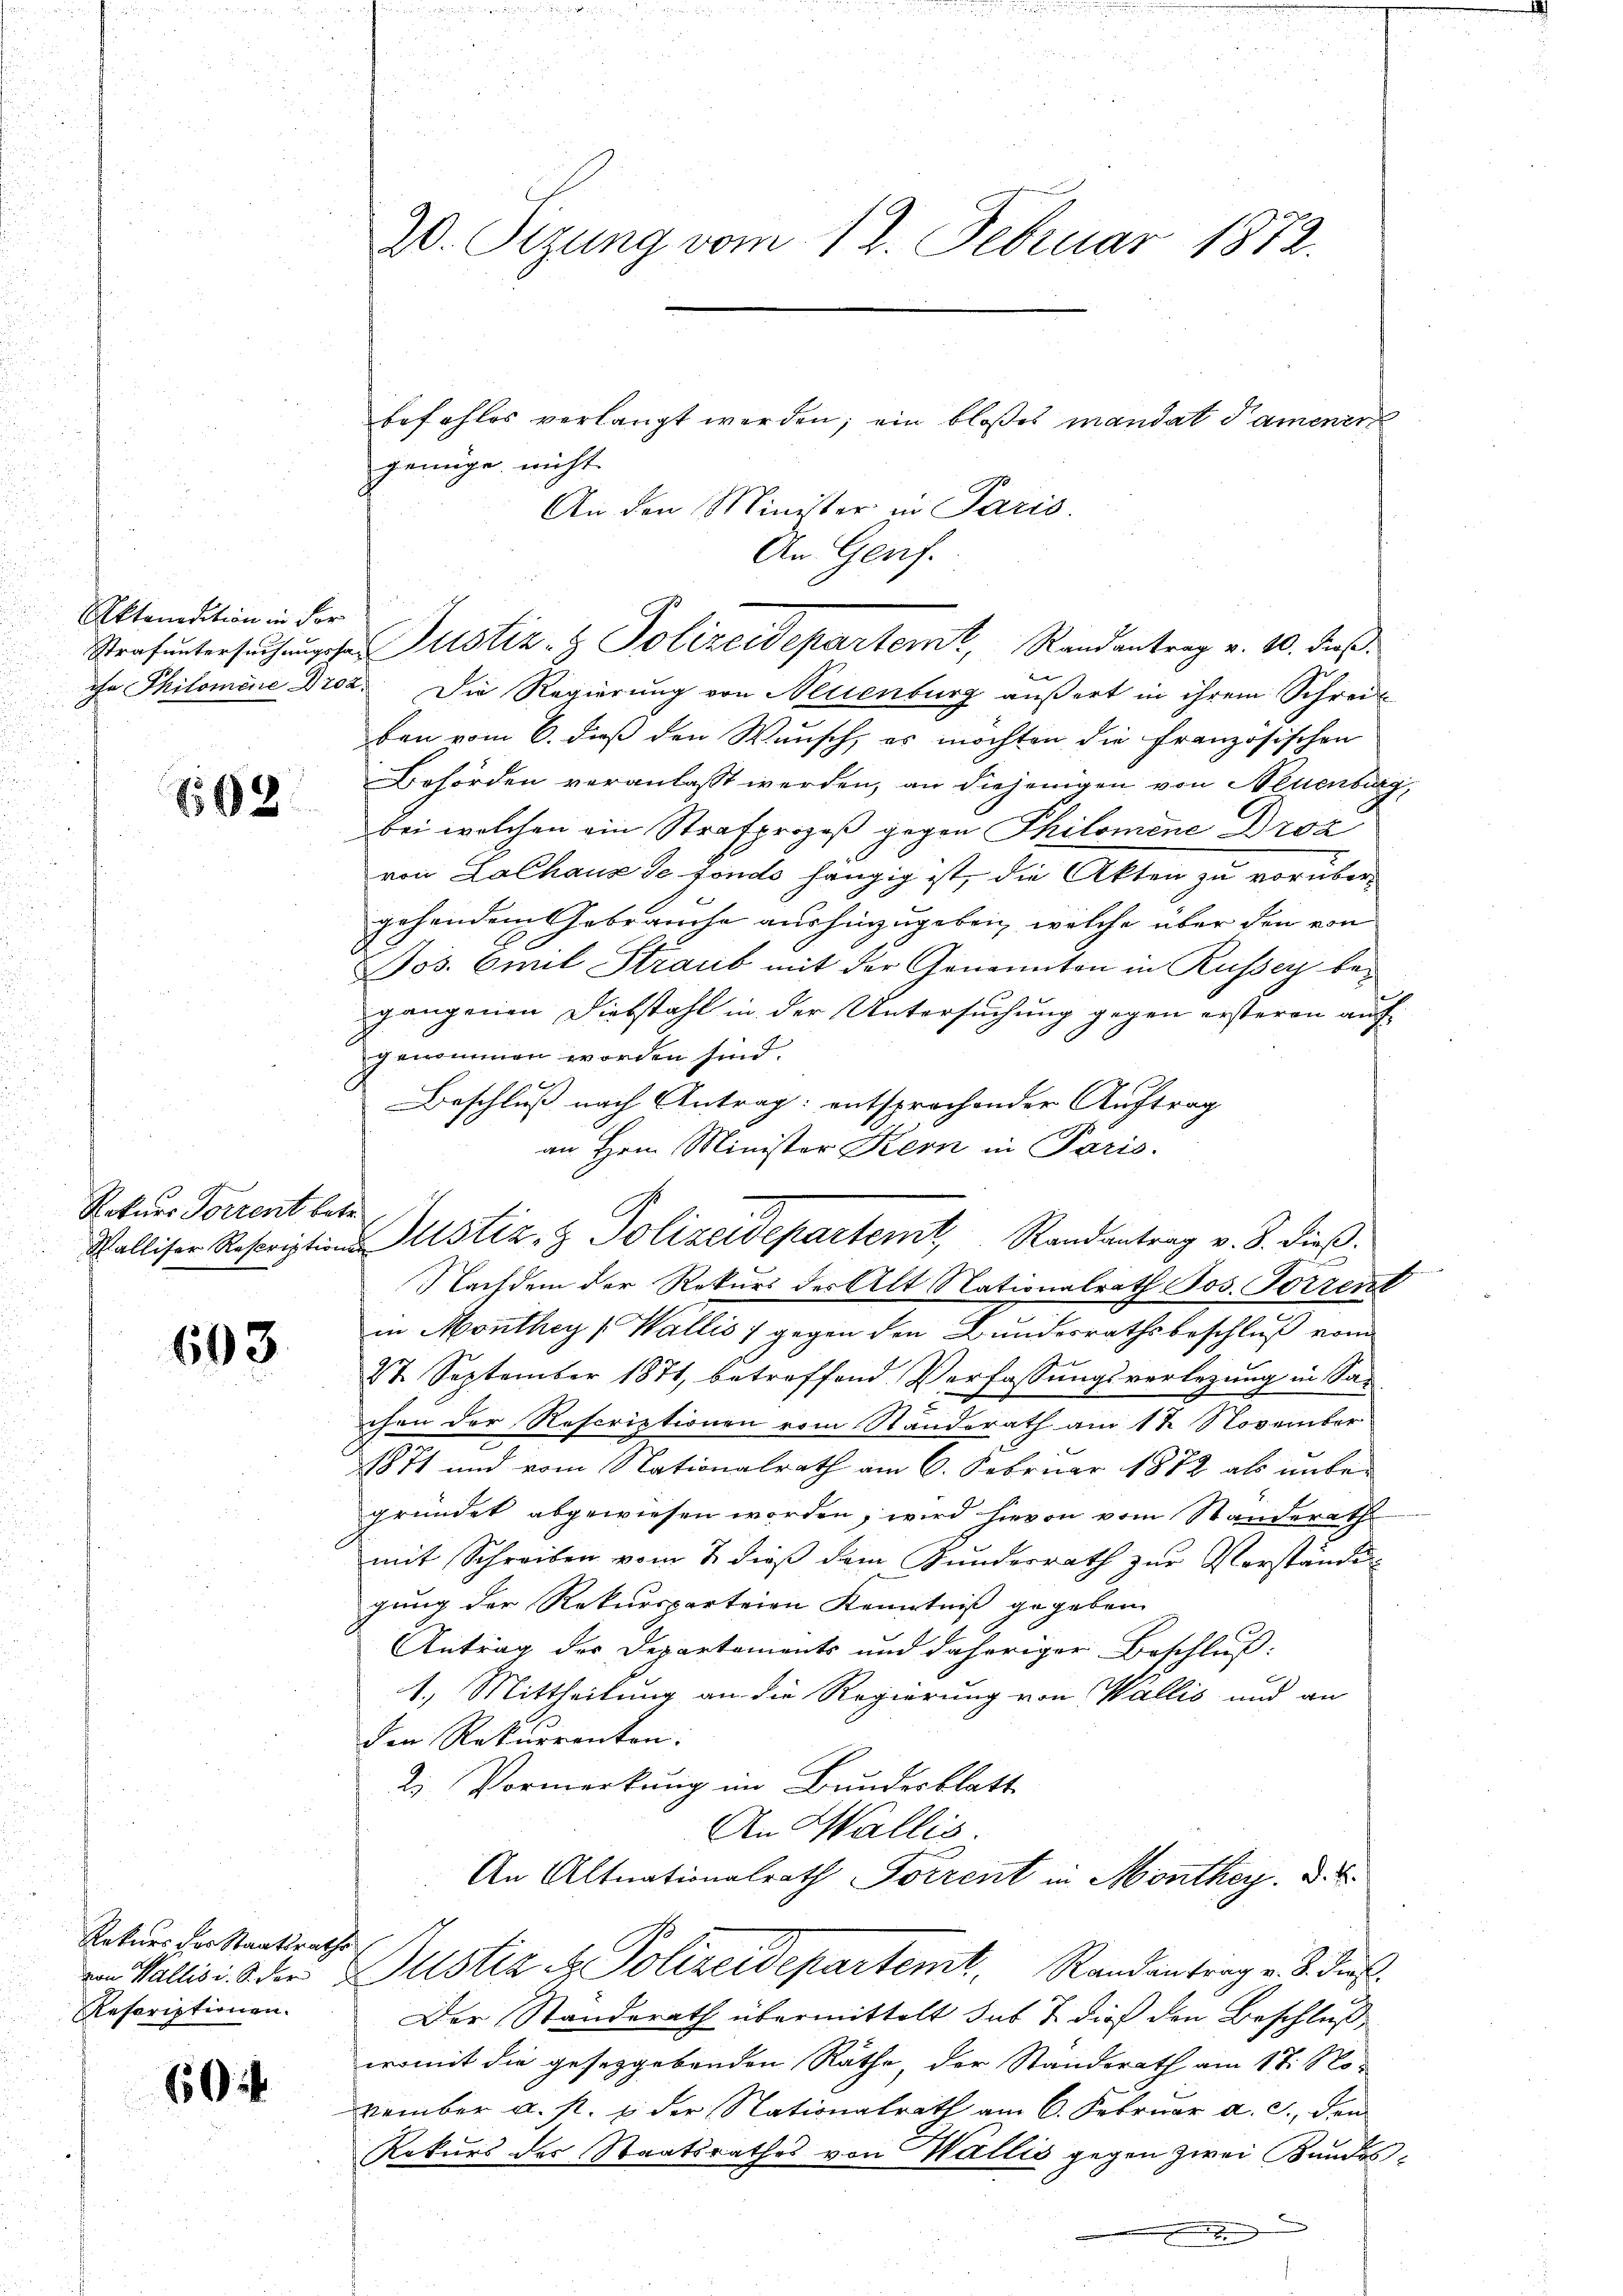
Aktandition in der

02

Rekurs Forrent betr

603

Rekurs der Staatsrath
von Wallis i. S. der
Rescriptionen.

60

20. Sizung vom 12. Februar 1872.

befehles verlangt werden; ein bloßes mandat Sammener
genüge nicht
An den Minister in Paris.
An Genf.
 |
ihr Philomene Droz. Die Regierung von Neuenburg äußert in ihrem Schreit
ben vom 6. dieß den Wunsch, es möchten die französischen
Behörden veranlasst werden, an diejenigen von Neuenburg,
bei welchen ein Strafprozeß gegen Philomene Droa
von Lalhaus de fonds hängig ist, die Akten zu vorüber-
gehendem Gebrauche aushinzugeben, welche über den von
Jos. Emil Straub mit der Genannten in Russer begangenen Diebstahl in der Untersuchung gegen ersteren auf
genommen worden sind.
E
Beschluß nach Antrag: entsprochender Auftrag
an Hrn. Minister Kern in Paris.
Walliser Rescription Justiz- & Polizeidepartemt, Randantrag v. 8. dieß.
Nachdem der Rekurs der Alt Nationalrath Jos. Forrent
in Monthey (Wallis 1 gegen den Bundesrathsbeschluß vom
8t. September 1871, betreffend Verfassungsverlegung in Sa-
2
chen der Rescriptionen vom Standerath am 1 t November
1871 und vom Nationalrath am 6. Februar 1872 als unter
gründet abgewiesen worden, wird hievon vom Standerath
mit Schreiben vom 2. dieß dem Kunderrath zŭr Verstände
gung der Rekursparteien Kenntniß gegeben
Antrag der Departements und daheriger Beschluß:
1.) Mittheilung an die Regierung von Wallis und an
den Rekurrenten:
2. Vormerkung im Bundesblatt
An Wallis.
An Altnationalrath Forrent in Monthey, d
i
Justiz & Polizeidepartemt. Randantrag v. J. dies
Der Standerath übermittelt sub 7. dies den Beschluß
womit die gesetzgebenden Räthe, der Standsrath am 17. November u. s. & der Nationalrath am 6. Februar d. J., den
Rekurs des Staatsrathes von Wallis gegen zwei Bundes¬

Strafuntersŭchŭngste Justiz- & Polizeidepartemt, Randantrag v. 10. dieß.